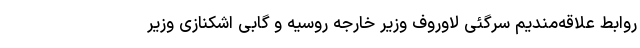
روابط علاقه‌مندیم سرگئی لاوروف وزیر خارجه روسیه و گابی اشکنازی وزیر